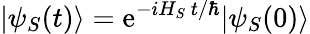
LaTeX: |\psi_{S}(t)\rangle=\mathrm{e}^{-iH_{S}~t/\hbar}|\psi_{S}(0)\rangle